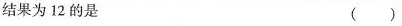
结果为12的是 ( )